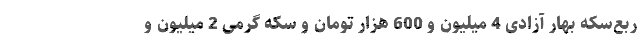
ربع‌سکه بهار آزادی 4 میلیون و 600 هزار تومان و سکه گرمی 2 میلیون و